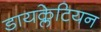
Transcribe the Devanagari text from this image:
डायक्लेटियन